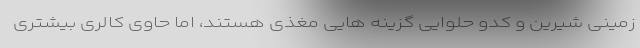
زمینی شیرین و کدو حلوایی گزینه هایی مغذی هستند، اما حاوی کالری بیشتری